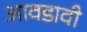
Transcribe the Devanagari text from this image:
आवडावी